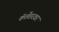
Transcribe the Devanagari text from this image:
कॅलेंडरवर